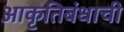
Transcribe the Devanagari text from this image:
आकृतिबंधाची